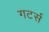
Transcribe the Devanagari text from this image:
गटर्स